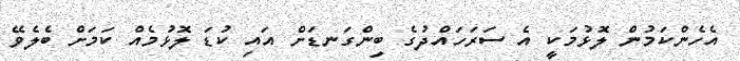
އެހެންކަމުން ލޮޅުމަކީ އެ ސަރަހައްދުގެ ބިންގަނޑަށް އައި ކުޑަ ލޮޅުމެއް ކަމަށް ބެލެވޭ